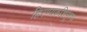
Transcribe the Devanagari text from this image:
हिरण्यकशिपूरचा